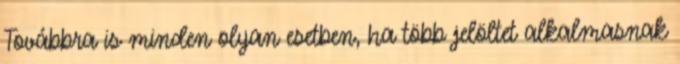
Továbbra is minden olyan esetben, ha több jelöltet alkalmasnak